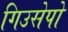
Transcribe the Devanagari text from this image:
गिउसेपो